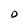
Character: D